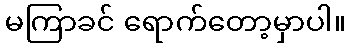
မကြာခင် ရောက်တော့မှာပါ။